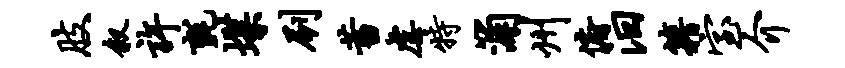
肢叙许毡堞刷蓄虐特浦州俯汨籍室介